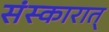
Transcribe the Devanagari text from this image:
संस्कारात्‌